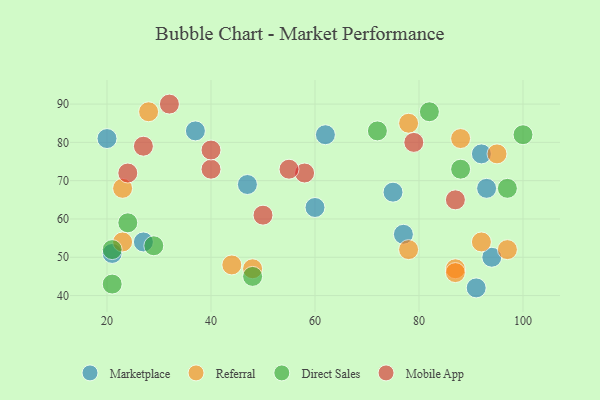
{"axis": {"x": "GDP", "y": "Life Expectancy"}, "legend": ["Direct Sales", "Marketplace", "Mobile App", "Referral"], "data": [{"x": "75", "y": 67, "type": "Marketplace"}, {"x": "94", "y": 50, "type": "Marketplace"}, {"x": "91", "y": 42, "type": "Marketplace"}, {"x": "62", "y": 82, "type": "Marketplace"}, {"x": "93", "y": 68, "type": "Marketplace"}, {"x": "77", "y": 56, "type": "Marketplace"}, {"x": "20", "y": 81, "type": "Marketplace"}, {"x": "27", "y": 54, "type": "Marketplace"}, {"x": "60", "y": 63, "type": "Marketplace"}, {"x": "21", "y": 51, "type": "Marketplace"}, {"x": "92", "y": 77, "type": "Marketplace"}, {"x": "37", "y": 83, "type": "Marketplace"}, {"x": "47", "y": 69, "type": "Marketplace"}, {"x": "48", "y": 47, "type": "Referral"}, {"x": "78", "y": 85, "type": "Referral"}, {"x": "92", "y": 54, "type": "Referral"}, {"x": "44", "y": 48, "type": "Referral"}, {"x": "23", "y": 68, "type": "Referral"}, {"x": "97", "y": 52, "type": "Referral"}, {"x": "23", "y": 54, "type": "Referral"}, {"x": "87", "y": 47, "type": "Referral"}, {"x": "95", "y": 77, "type": "Referral"}, {"x": "88", "y": 81, "type": "Referral"}, {"x": "87", "y": 46, "type": "Referral"}, {"x": "78", "y": 52, "type": "Referral"}, {"x": "28", "y": 88, "type": "Referral"}, {"x": "97", "y": 68, "type": "Direct Sales"}, {"x": "82", "y": 88, "type": "Direct Sales"}, {"x": "21", "y": 52, "type": "Direct Sales"}, {"x": "72", "y": 83, "type": "Direct Sales"}, {"x": "100", "y": 82, "type": "Direct Sales"}, {"x": "21", "y": 43, "type": "Direct Sales"}, {"x": "48", "y": 45, "type": "Direct Sales"}, {"x": "29", "y": 53, "type": "Direct Sales"}, {"x": "88", "y": 73, "type": "Direct Sales"}, {"x": "24", "y": 59, "type": "Direct Sales"}, {"x": "40", "y": 73, "type": "Mobile App"}, {"x": "87", "y": 65, "type": "Mobile App"}, {"x": "50", "y": 61, "type": "Mobile App"}, {"x": "58", "y": 72, "type": "Mobile App"}, {"x": "79", "y": 80, "type": "Mobile App"}, {"x": "24", "y": 72, "type": "Mobile App"}, {"x": "40", "y": 78, "type": "Mobile App"}, {"x": "32", "y": 90, "type": "Mobile App"}, {"x": "27", "y": 79, "type": "Mobile App"}, {"x": "55", "y": 73, "type": "Mobile App"}]}